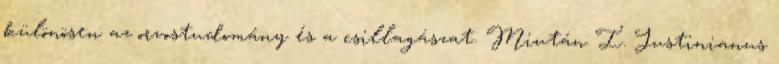
különösen az orvostudomány és a csillagászat. Miután I. Justinianus